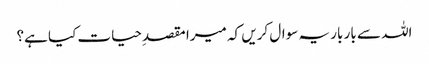
اللہ سے بار بار یہ سوال کریں کہ میرا مقصدِحیات کیا ہے؟